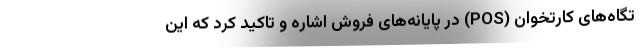
تگاه‌های کارتخوان (POS) در پایانه‌های فروش اشاره و تاکید کرد که این